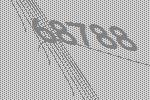
68788